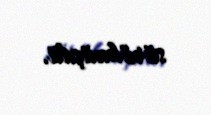
sürülmüşdü.